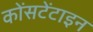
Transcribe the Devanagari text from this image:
कोंसटेंटाइन